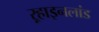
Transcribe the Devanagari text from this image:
ऱ्हाइनलांड